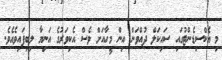
މި އެކްސިޑެންޓުގައި ސައިކަލް ދުއްވަން އިން މީހާއަށް ވެސް އެކިވަރުގެ އަނިޔާ ލިބިފައިވެއެވެ.